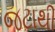
જટાથી